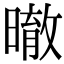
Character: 㬚